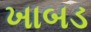
ખાબડ